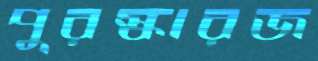
পুরস্কারজ